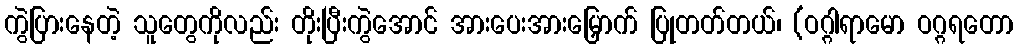
ကွဲပြားနေတဲ့ သူတွေကိုလည်း တိုးပြီးကွဲအောင် အားပေးအားမြှောက် ပြုတတ်တယ်၊ (ဝဂ္ဂါရာမော ဝဂ္ဂရတော